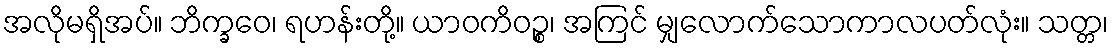
အလိုမရှိအပ်။ ဘိက္ခဝေ၊ ရဟန်းတို့။ ယာဝကိဝဉ္စ၊ အကြင် မျှလောက်သောကာလပတ်လုံး။ သတ္တ၊